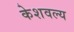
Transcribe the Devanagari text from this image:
केशवल्य